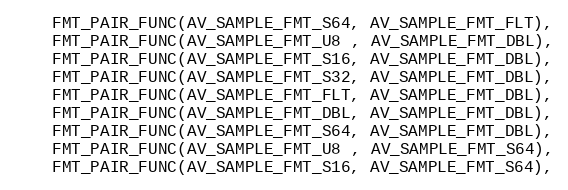
Language: C
    FMT_PAIR_FUNC(AV_SAMPLE_FMT_S64, AV_SAMPLE_FMT_FLT),
    FMT_PAIR_FUNC(AV_SAMPLE_FMT_U8 , AV_SAMPLE_FMT_DBL),
    FMT_PAIR_FUNC(AV_SAMPLE_FMT_S16, AV_SAMPLE_FMT_DBL),
    FMT_PAIR_FUNC(AV_SAMPLE_FMT_S32, AV_SAMPLE_FMT_DBL),
    FMT_PAIR_FUNC(AV_SAMPLE_FMT_FLT, AV_SAMPLE_FMT_DBL),
    FMT_PAIR_FUNC(AV_SAMPLE_FMT_DBL, AV_SAMPLE_FMT_DBL),
    FMT_PAIR_FUNC(AV_SAMPLE_FMT_S64, AV_SAMPLE_FMT_DBL),
    FMT_PAIR_FUNC(AV_SAMPLE_FMT_U8 , AV_SAMPLE_FMT_S64),
    FMT_PAIR_FUNC(AV_SAMPLE_FMT_S16, AV_SAMPLE_FMT_S64),